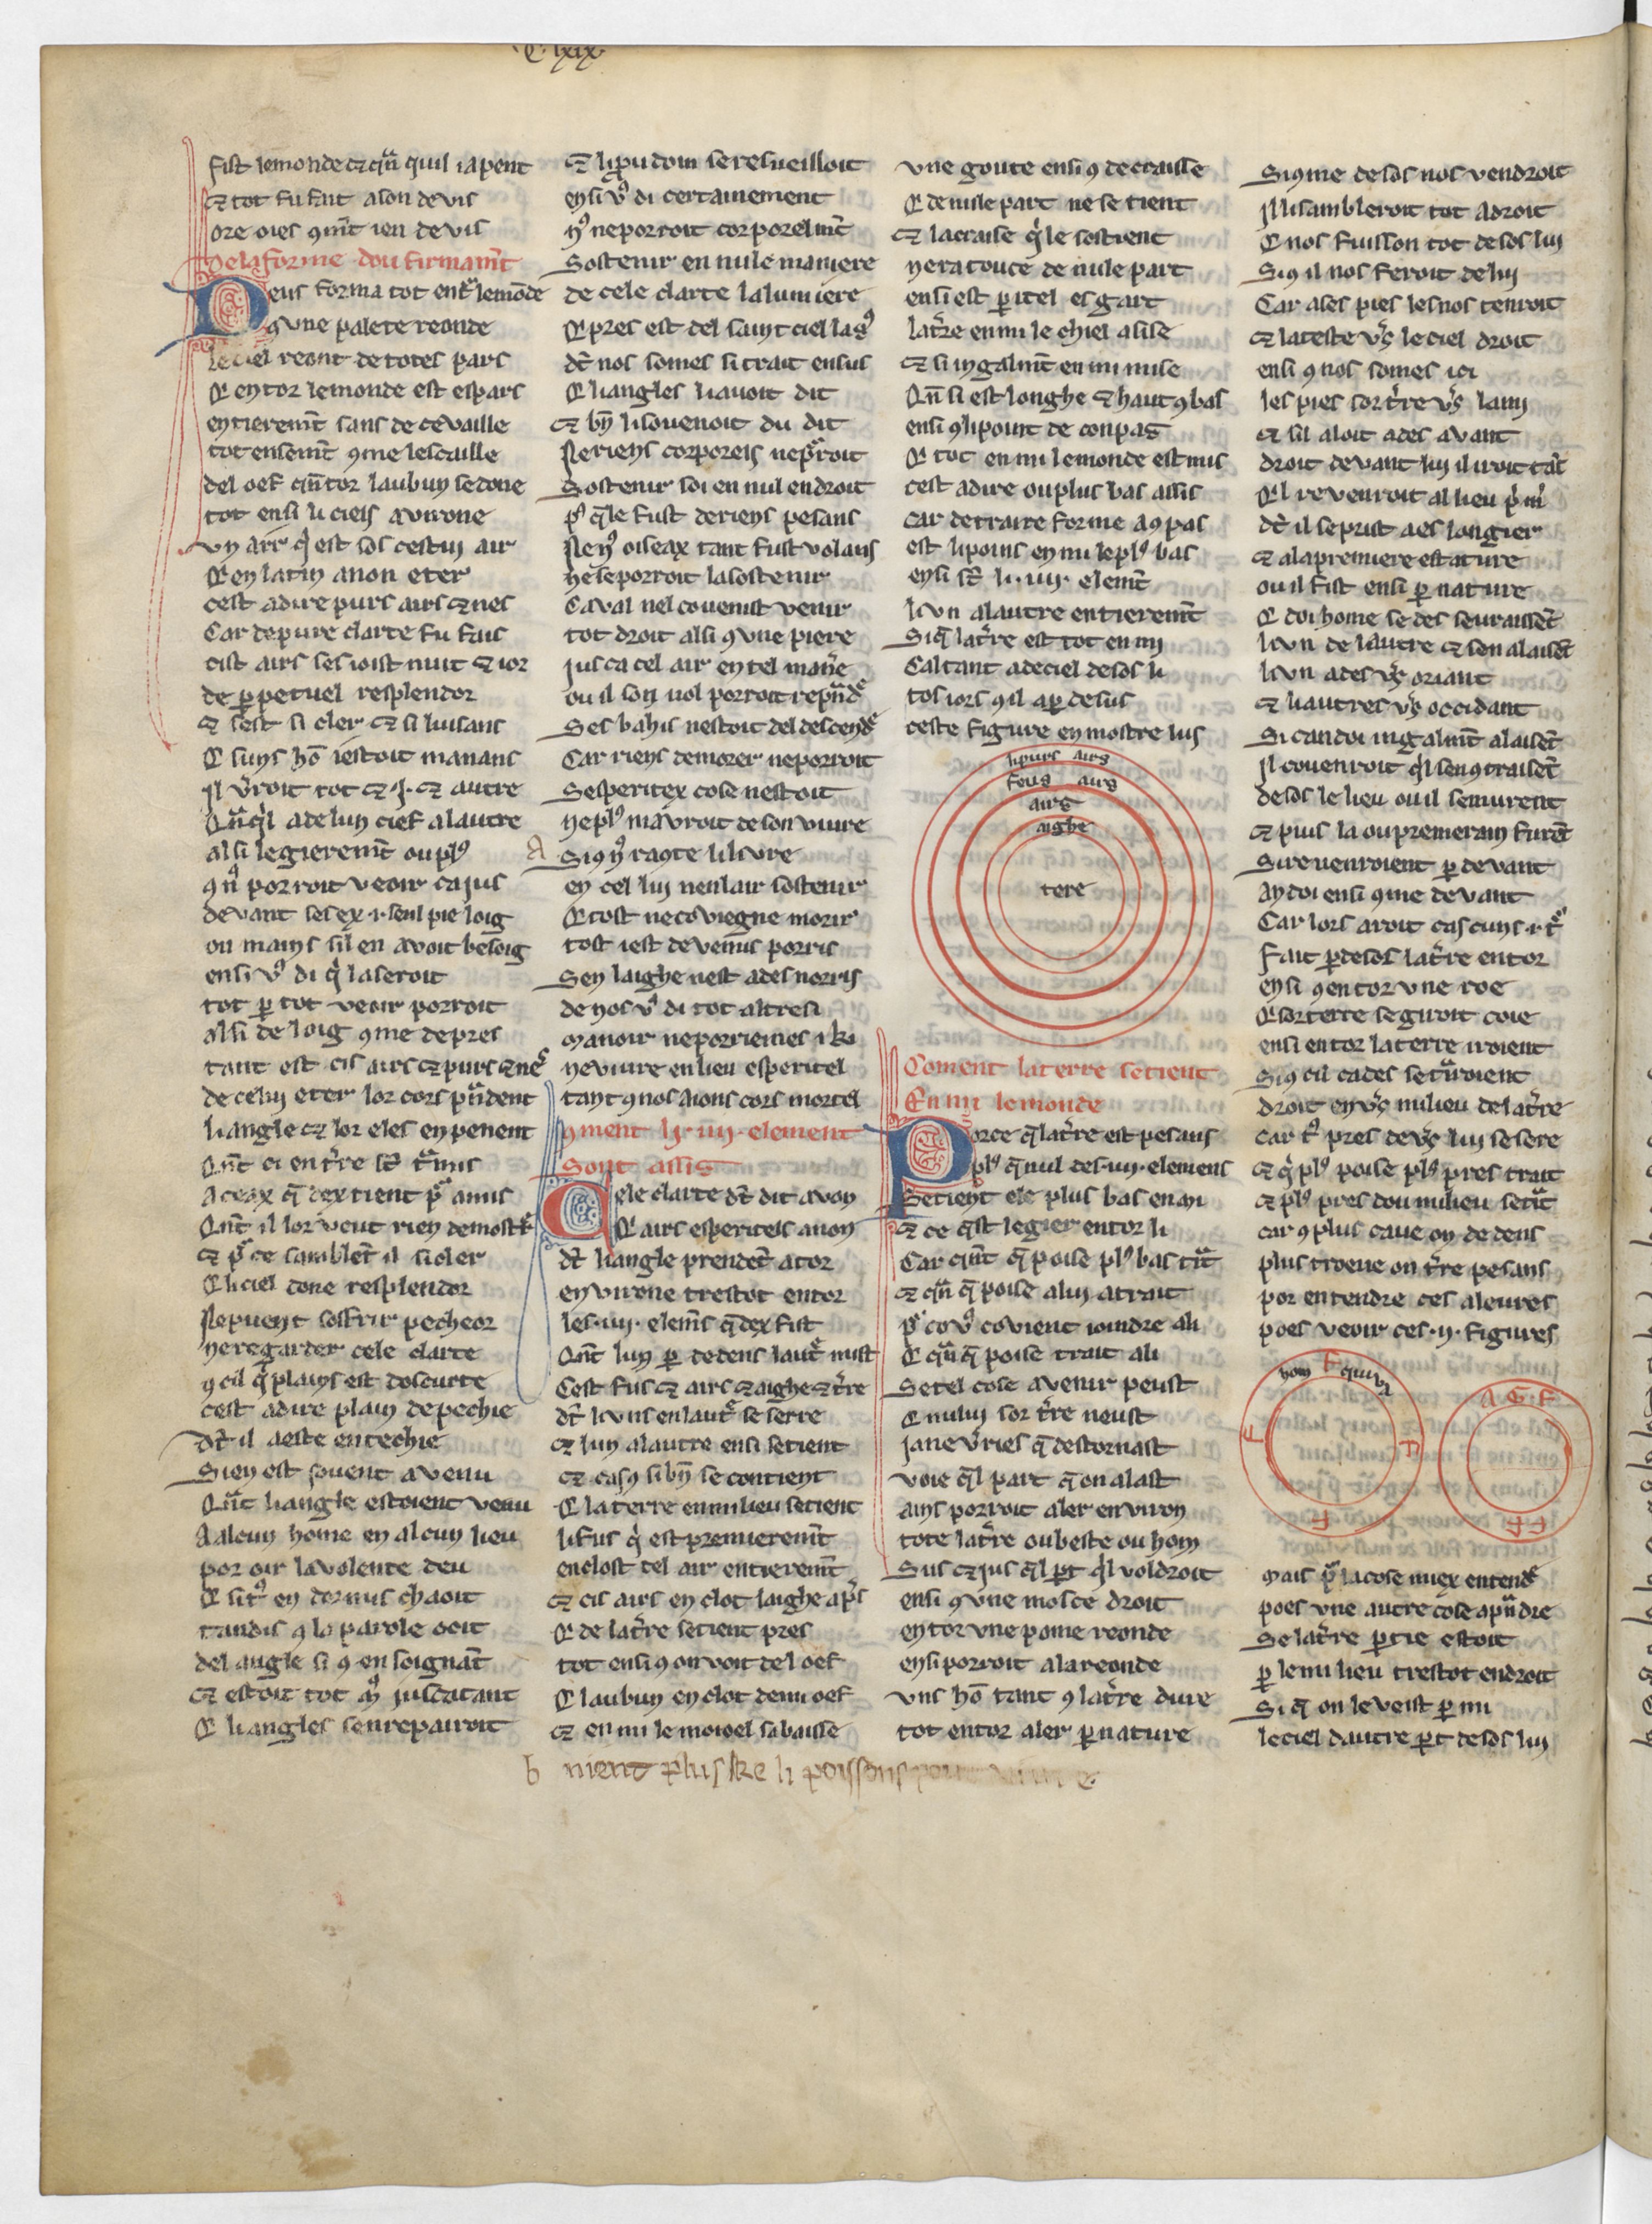
Shelfmark: Paris, BnF, Arsenal 3516
Century: 13